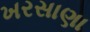
ખરસાણા